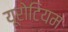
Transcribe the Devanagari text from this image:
यूरोटियम